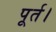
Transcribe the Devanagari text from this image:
पूर्त।